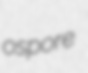
ospore